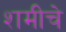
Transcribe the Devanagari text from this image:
शमीचे